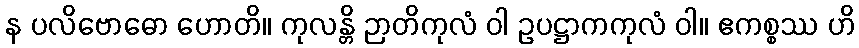
န ပလိဗောဓော ဟောတိ။ ကုလန္တိ ဉာတိကုလံ ဝါ ဥပဋ္ဌာကကုလံ ဝါ။ ဧကစ္စဿ ဟိ